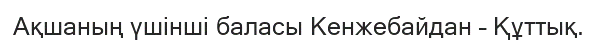
Ақшаның үшінші баласы Кенжебайдан – Құттық.